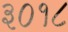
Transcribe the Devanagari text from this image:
३०१८